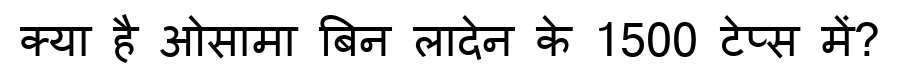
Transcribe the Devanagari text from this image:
क्या है ओसामा बिन लादेन के 1500 टेप्स में?